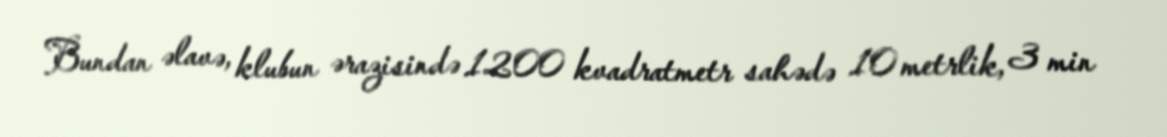
Bundan əlavə, klubun ərazisində 1200 kvadratmetr sahədə 10 metrlik, 3 min